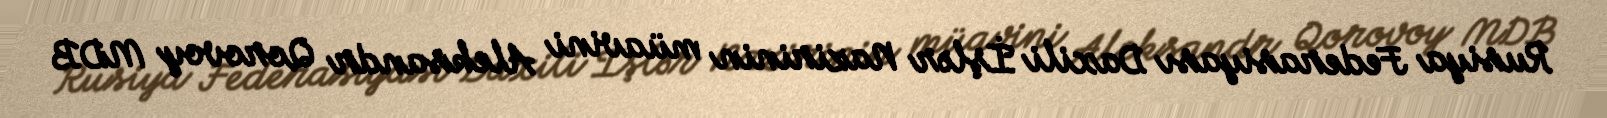
Rusiya Federasiyası Daxili İşlər Nazirinin müavini Aleksandr Qorovoy MDB